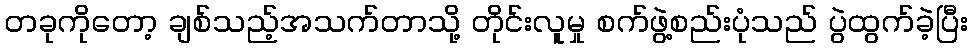
တခုကိုတော့ ချစ်သည့်အသက်တာသို့ တိုင်းလူမှု စက်ဖွဲ့စည်းပုံသည် ပွဲထွက်ခဲ့ပြီး